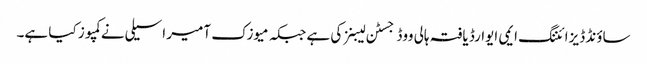
ساؤنڈ ڈیزائننگ ایمی ایوارڈ یافتہ ہالی ووڈ جسٹن لیبنز کی ہے جبکہ میوزک آمیر اسیلی نے کمپوز کیا ہے۔